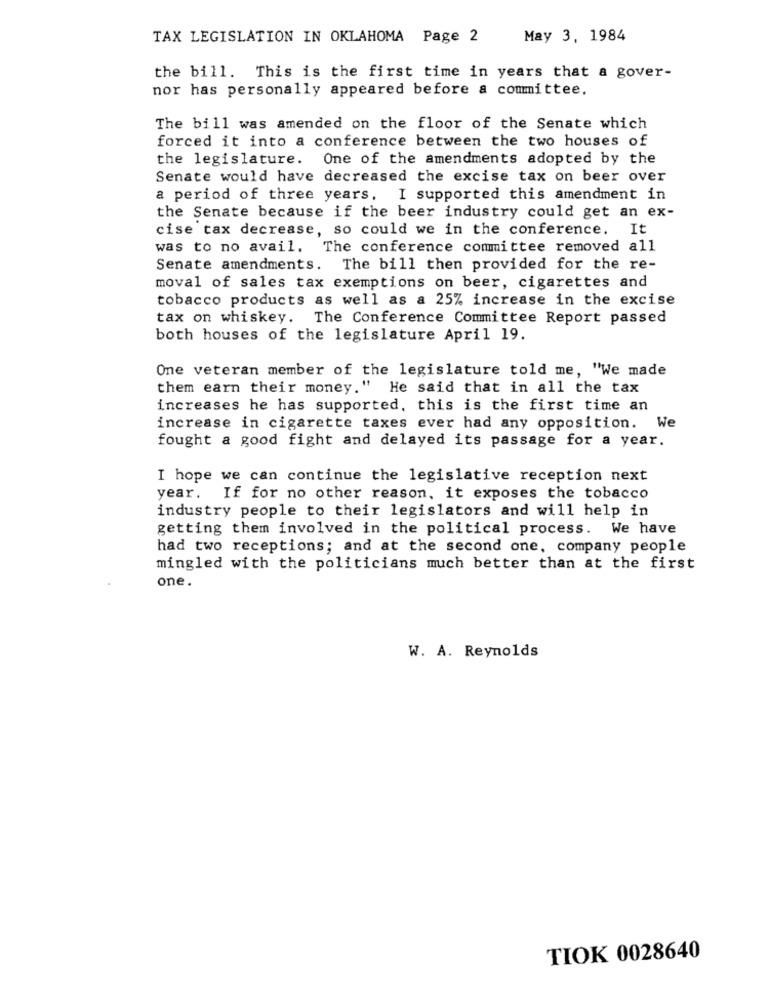
TAX LEGISLATION IN OKLAHOMA Page 2
May 3, 1984
the bill. This is the first time in years that a gover-
nor has personally appeared before a committee.
The bill was amended on the floor of the Senate which
forced it into a conference between the two houses of
the legislature. One of the amendments adopted by the
Senate would have decreased the excise tax on beer over
a period of three years. I supported this amendment in
the Senate because if the beer industry could get an ex-
cise tax decrease, so could we in the conference. It
was to no avail. The conference committee removed all
Senate amendments. The bill then provided for the re-
moval of sales tax exemptions on beer, cigarettes and
tobacco products as well as a 25% increase in the excise
tax on whiskey.
The Conference Committee Report passed
both houses of the legislature April 19.
One veteran member of the legislature told me, "We made
them earn their money." He said that in all the tax
increases he has supported, this is the first time an
increase in cigarette taxes ever had any opposition. We
fought a good fight and delayed its passage for a year.
I hope we can continue the legislative reception next
year.
If for no other reason, it exposes the tobacco
industry people to their legislators and will help in
getting them involved in the political process. We have
had two receptions; and at the second one, company people
mingled with the politicians much better than at the first
one.
W. A. Reynolds
TIOK 0028640